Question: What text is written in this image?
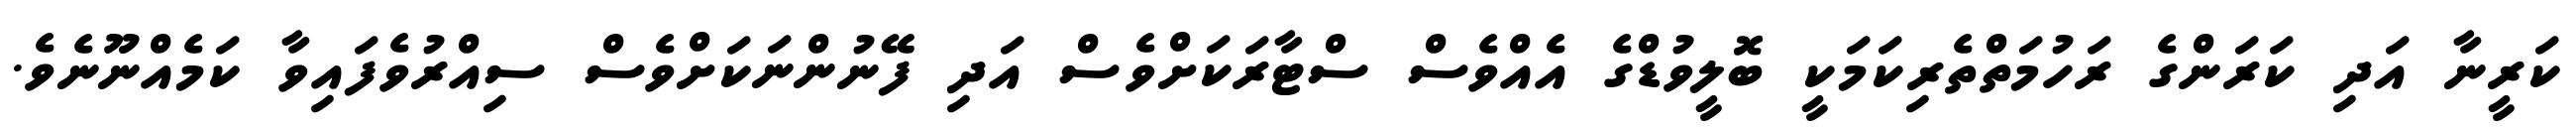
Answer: ކަރީނާ އަދި ކަރަންގެ ރަހުމަތްތެރިކަމަކީ ބޮލީވުޑްގެ އެއްވެސް ސްޓާރަކަށްވެސް އަދި ފޭނުންނަކަށްވެސް ސިއްރުވެފައިވާ ކަމެއްނޫނެވެ.